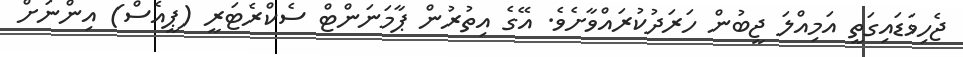
ޖެހިވަޑައިގަތީ އަމިއްލަ ޖީބުން ހަރަދުކުރައްވާށެވެ. އޭގެ އިތުރުން ޕާމަނަންޓް ސެކްރެޓަރީ (ޕީއެސް) އިންނަށް